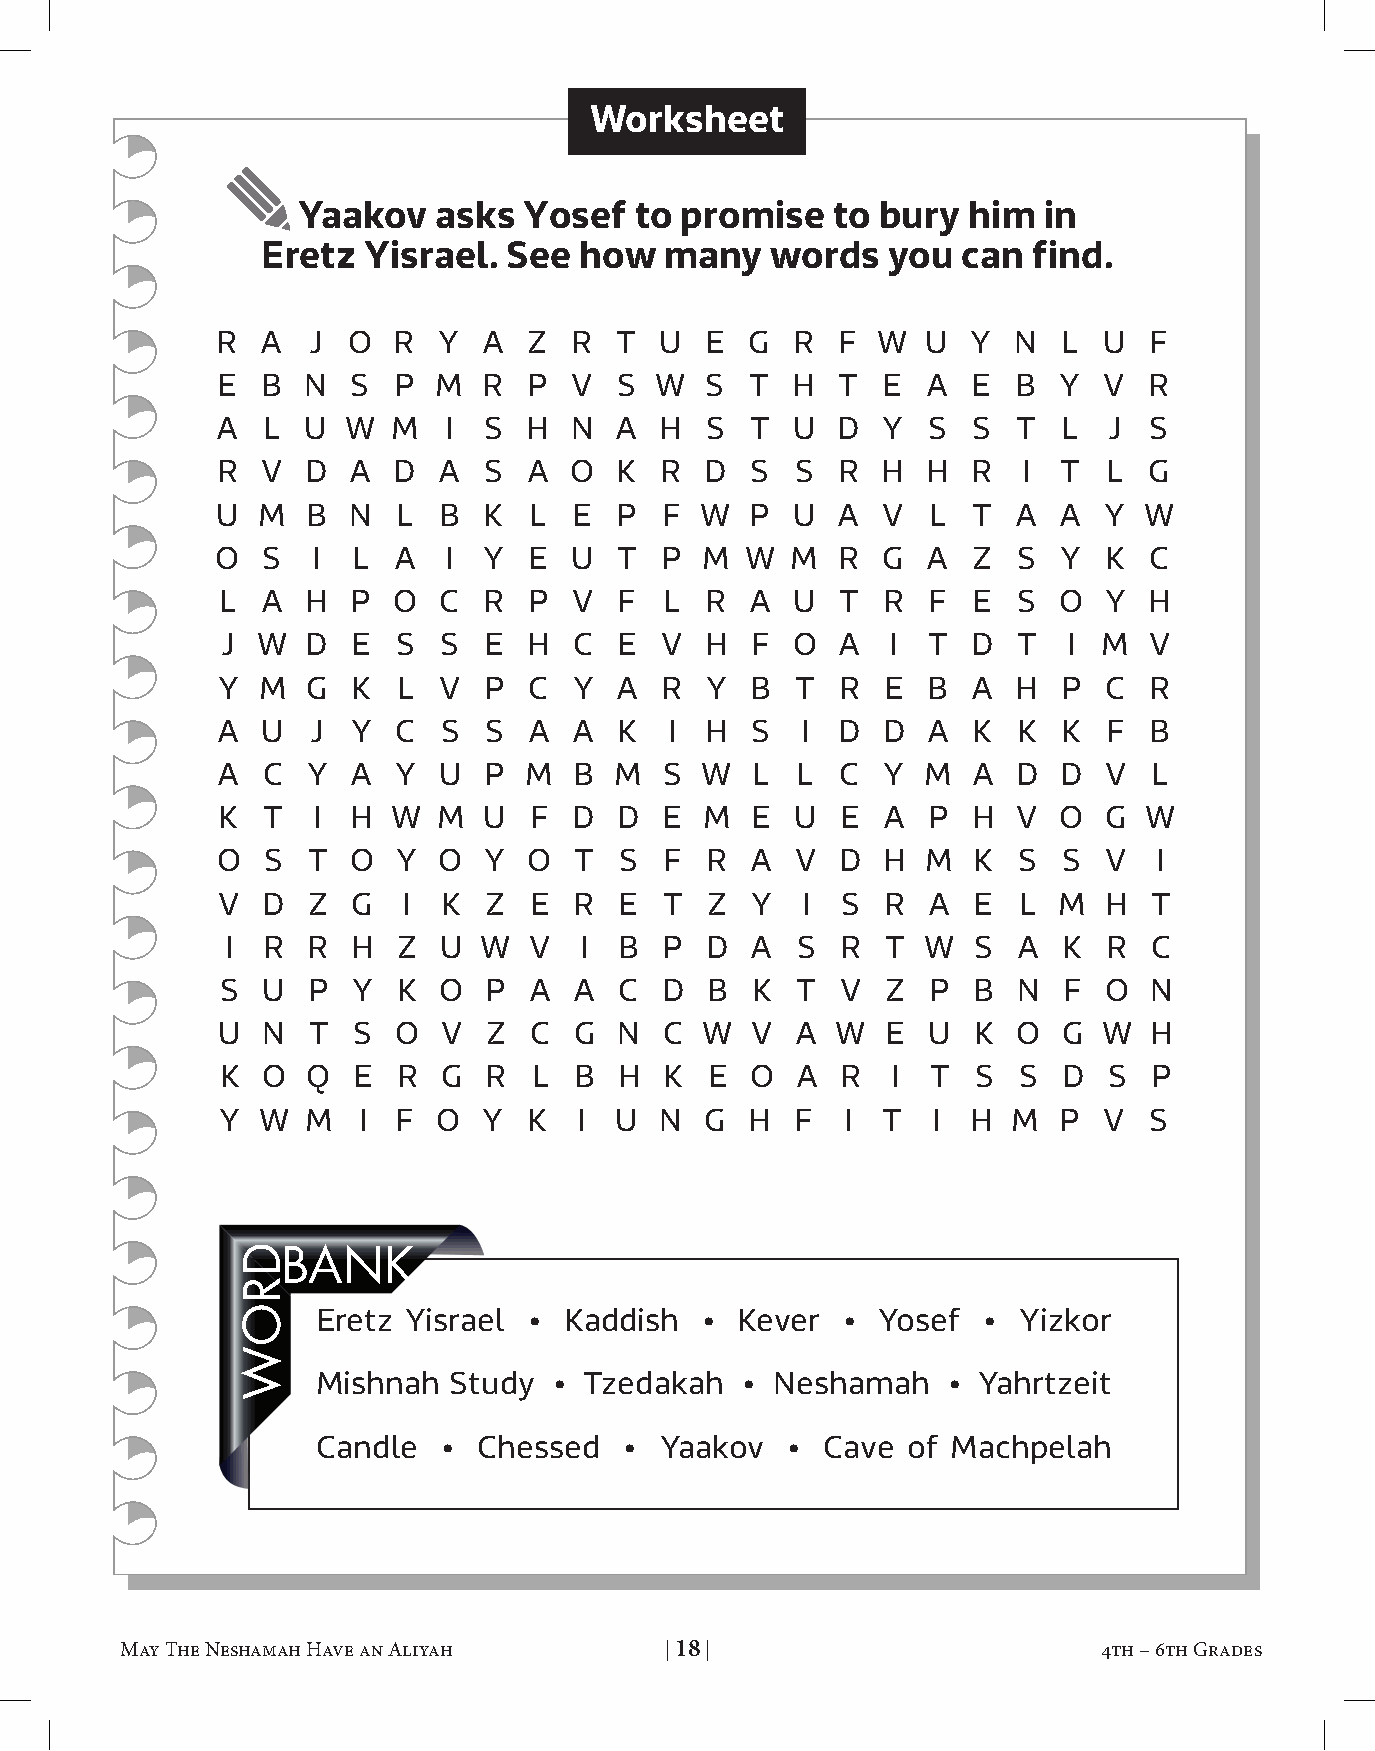
Worksheet
 yaakov   asks  yosef  to promise   to bury  him  in
 eretz  yisrael.  see how   many   words   you  can find.
 R  A  J  O  R  Y  A  Z  R  T  U  E  G R  F  W  U  Y  N  L  U  F
 E  B  N  S  P  M  R  P  V  S W   S  T H  T  E  A  E  B  Y  V  R
 A  L  U  W  M  I  S  H  N  A  H  S  T U  D  Y  S  S  T  L  J  S
 R  V  D  A  D  A  S  A  O  K  R  D  S  S R  H  H  R   I T  L  G
 U  M  B  N  L  B  K  L  E  P  F W   P U  A  V  L  T  A  A  Y  W
 O  S   I L  A  I  Y  E  U  T  P M  W  M  R  G  A  Z  S  Y  K  C
 L  A  H  P  O  C  R  P  V  F  L  R  A  U  T R  F  E  S  O  Y  H
 J W  D  E  S  S  E  H  C  E  V  H  F O  A   I T  D  T   I M  V
 Y  M  G  K  L  V  P  C  Y  A  R  Y  B  T  R  E B  A  H  P  C  R
 A  U   J Y  C  S  S  A  A  K  I  H  S  I D  D  A  K  K  K  F  B
 A  C  Y  A  Y  U  P  M  B  M  S W   L  L  C Y  M  A  D  D  V  L
 K  T   I H  W  M  U  F  D  D  E  M  E  U  E A  P  H  V  O  G  W
 O  S  T  O  Y  O  Y  O  T  S  F  R  A  V  D H  M  K  S  S  V   I
 V  D  Z  G   I K  Z  E  R  E  T  Z  Y  I  S  R A  E  L  M  H  T
 I R  R  H  Z  U  W  V  I  B  P  D  A  S  R  T W  S  A  K  R  C
 S U  P  Y  K  O  P  A  A  C  D  B  K  T  V  Z P  B  N  F  O  N
 U  N  T  S  O  V  Z  C  G  N  C  W  V  A W   E U  K  O  G  W  H
 K O  Q  E  R  G  R  L  B  H  K  E  O  A  R  I  T  S S  D  S  P
 Y W  M   I F  O  Y  K  I  U  N  G  H  F  I T   I H  M  P  V  S
 BANK
 Eretz Yisrael • Kaddish   • Kever  • Yosef  •  Yizkor
 Mishnah  Study  • Tzedakah  • Neshamah    • Yahrtzeit
 Candle  •  Chessed  •  Yaakov  •  Cave of Machpelah
 May The Neshamah Have an Aliyah | 17 | 4th – 6th Grades May The Neshamah Have an Aliyah | 18 | 4th – 6th Grades
 DROW